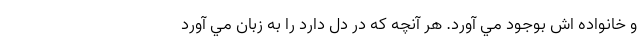
و خانواده اش بوجود مي آورد. هر آنچه که در دل دارد را به زبان مي آورد